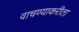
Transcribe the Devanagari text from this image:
वाचण्याकरीता